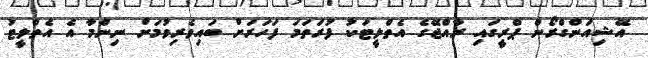
އޭޝިއަންގްރޯން ޕްރީގައި ރާއްޖޭގެ އެތްލީޓަކު ފުރަތަމަ ފަހަރަށް ބައިވެރިވުމަށް ނިންމާ އެ އެތްލީޓު